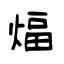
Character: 煏